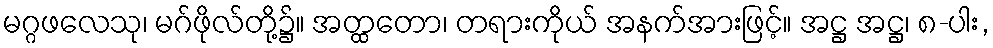
မဂ္ဂဖလေသု၊ မဂ်ဖိုလ်တို့၌။ အတ္ထတော၊ တရားကိုယ် အနက်အားဖြင့်။ အဋ္ဌ အဋ္ဌ၊ ၈-ပါး,